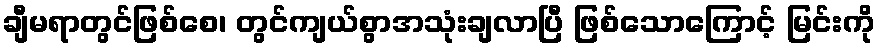
ချီမရာတွင်ဖြစ်စေ၊ တွင်ကျယ်စွာအသုံးချလာပြီ ဖြစ်သောကြောင့် မြင်းကို